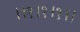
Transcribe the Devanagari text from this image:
।।१।१।१।।